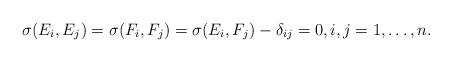
LaTeX: \begin{align*}\sigma(E_i,E_j) = \sigma(F_i,F_j) = \sigma(E_i,F_j) - \delta_{ij} = 0, i,j=1,\ldots,n.\end{align*}